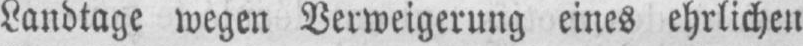
Landtage wegen Verweigerung eines ehrlichen